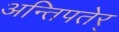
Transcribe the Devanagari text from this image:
अन्तिपतेर्